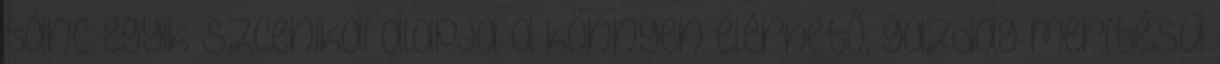
tánc egyik szcenikai alapja a könnyen elérhető, gazdag merítésű